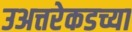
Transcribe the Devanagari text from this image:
उअत्तरेकडच्या